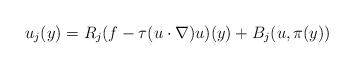
LaTeX: \begin{align*}u_j(y) = R_j (f-\tau(u \cdot \nabla)u)(y) + B_j(u,\pi(y))\end{align*}